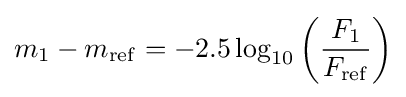
m_{1}-m_{\rm {ref}}=-2.5\log _{10}\left({\frac {F_{1}}{F_{\rm {ref}}}}\right)